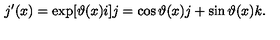
j ^ { \prime } ( x ) = \exp [ \vartheta ( x ) i ] j = \cos \vartheta ( x ) j + \sin \vartheta ( x ) k .